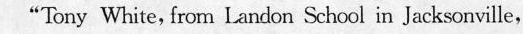
"Tony while, from landon School in Jekscuille